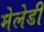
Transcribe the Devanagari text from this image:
मेलेडी